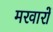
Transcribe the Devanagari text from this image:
मरवारों